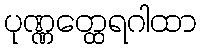
ပုဏ္ဏတ္ထေရဂါထာ